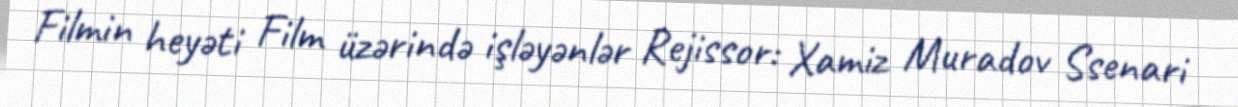
Filmin heyəti Film üzərində işləyənlər Rejissor: Xamiz Muradov Ssenari